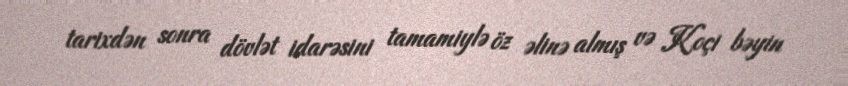
tarixdən sonra dövlət idarəsini tamamiylə öz əlinə almış və Koçi bəyin